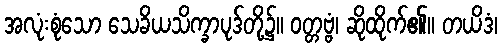
အလုံးစုံသော သေခိယသိက္ခာပုဒ်တို့၌။ ဝတ္တဗ္ဗံ၊ ဆိုထိုက်၏။ တယိဒံ၊